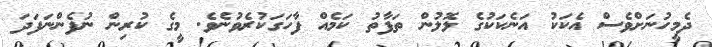
ދެމީހުނަށްވެސް އެކަކު އަނެކަކުގެ ލޮލުން ތަފާތު ކަމެއް ފާހަގަކުރެވުނެވެ. މީގެ ކުރިން ނުފެންނަފަދަ